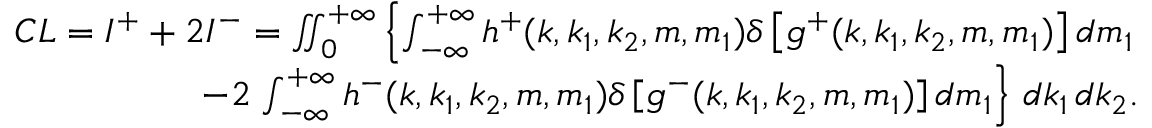
\begin{array} { r } { C L = I ^ { + } + 2 I ^ { - } = \iint _ { 0 } \displaylimits ^ { + \infty } \left\{ \int \displaylimits _ { - \infty } ^ { + \infty } h ^ { + } ( k , k _ { 1 } , k _ { 2 } , m , m _ { 1 } ) \delta \left[ g ^ { + } ( k , k _ { 1 } , k _ { 2 } , m , m _ { 1 } ) \right] d m _ { 1 } \right. } \\ { - 2 \left. \int \displaylimits _ { - \infty } ^ { + \infty } h ^ { - } ( k , k _ { 1 } , k _ { 2 } , m , m _ { 1 } ) \delta \left[ g ^ { - } ( k , k _ { 1 } , k _ { 2 } , m , m _ { 1 } ) \right] d m _ { 1 } \right\} \, d k _ { 1 } \, d k _ { 2 } . } \end{array}